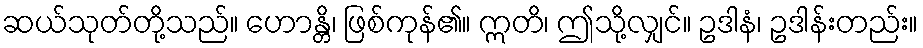
ဆယ်သုတ်တို့သည်။ ဟောန္တိ၊ ဖြစ်ကုန်၏။ ဣတိ၊ ဤသို့လျှင်။ ဥဒါနံ၊ ဥဒါန်းတည်း။